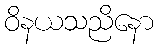
ဝိနယသညိနော